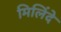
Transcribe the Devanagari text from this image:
मिलिंदे